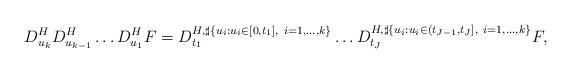
LaTeX: \begin{align*}D_{u_k}^HD_{u_{k-1}}^H\ldots D_{u_1}^HF=D_{t_1}^{H,\sharp\{u_i:u_i\in[0,t_1],~i=1,\ldots,k\}}\ldots D_{t_J}^{H,\sharp\{u_i:u_i\in(t_{J-1},t_J],~i=1,\ldots,k\}}F,\end{align*}